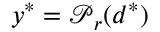
\boldsymbol { y } ^ { * } = \boldsymbol { \mathcal { P } } _ { r } ( \boldsymbol { d } ^ { * } )